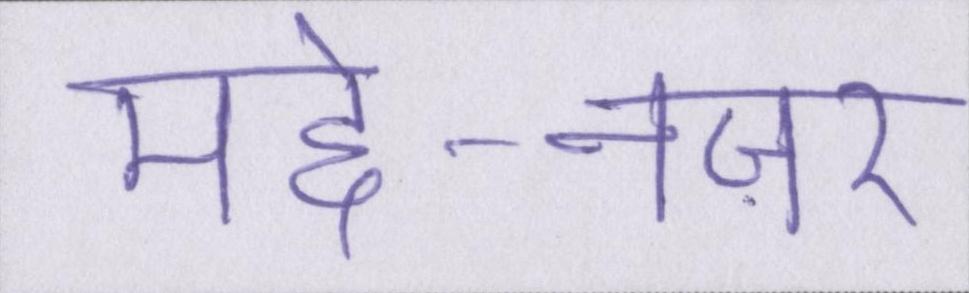
मद्दे-नज़र